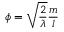
\phi = \sqrt { \frac { 2 } { \lambda } } \frac { m } { l }